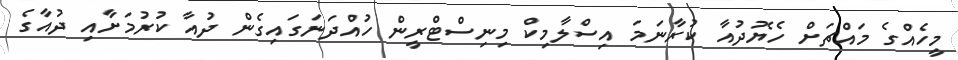
މީހެއްގެ މައްޗަށް ހެޔޮދުއާ ކުރާނަމަ އިސްލާމިކް މިނިސްޓްރީން ހުއްދަނަގައިގެން ދުއާ ކުރުމަށާއި ދުއާގެ